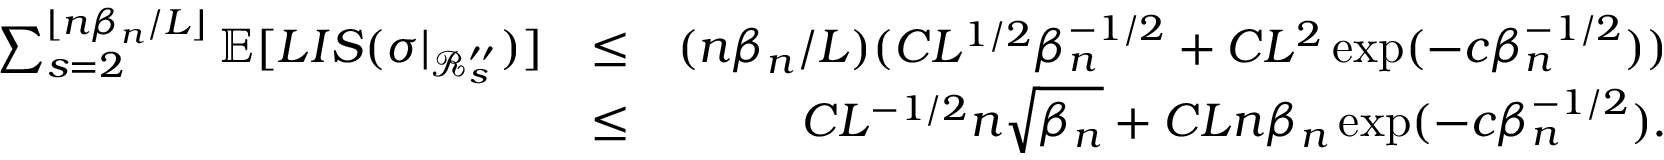
\begin{array} { r l r } { \sum _ { s = 2 } ^ { \lfloor n \beta _ { n } \slash L \rfloor } \mathbb { E } [ L I S ( \sigma | _ { \mathcal { R } _ { s } ^ { \prime \prime } } ) ] } & { \leq } & { ( n \beta _ { n } \slash L ) ( C L ^ { 1 \slash 2 } \beta _ { n } ^ { - 1 \slash 2 } + C L ^ { 2 } \exp ( - c \beta _ { n } ^ { - 1 \slash 2 } ) ) } \\ & { \leq } & { C L ^ { - 1 \slash 2 } n \sqrt { \beta _ { n } } + C L n \beta _ { n } \exp ( - c \beta _ { n } ^ { - 1 \slash 2 } ) . } \end{array}